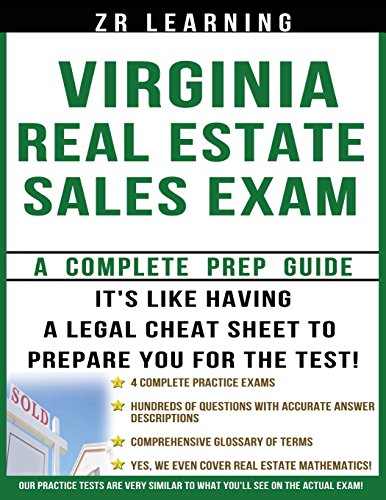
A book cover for Virginia Real Estate Sales Exam Questions; ZR Learning LLC; Business & Money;